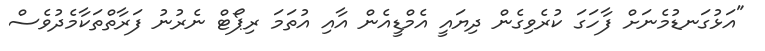
"އަޅުގަނޑުމެނަށް ފާހަގަ ކުރެވިގެން ދިޔައީ އެމްޑީއެން އާއި އުތަމަ ރިޕޯޓް ނެރުނު ފަރާތްތަކާމެދުވެސް